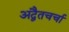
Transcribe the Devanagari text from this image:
अद्वैतचर्चा